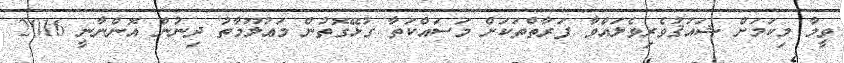
ވީމާ މިކަމަށް ޝައުޤުވެރިވެލައްވާ ފަރާތްތަކަށް މަސައްކަތާ ގުޅޭގޮތުން މަޢުލޫމާތު ދިނުން އޮންނާނީ 2016